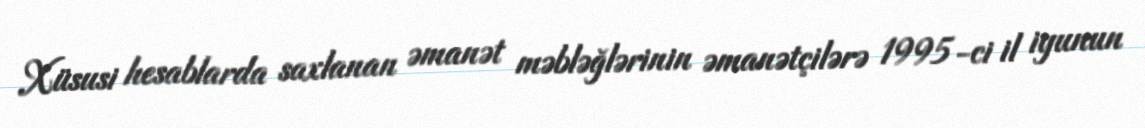
Xüsusi hesablarda saxlanan əmanət məbləğlərinin əmanətçilərə 1995-ci il iyunun